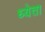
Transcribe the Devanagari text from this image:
ध्येता